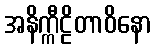
အနိက္ကီဠိတာဝိနော